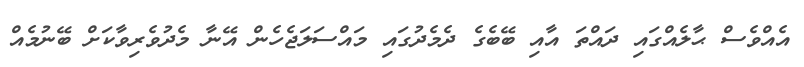
އެއްވެސް ޙާލެއްގައި ދައްތަ އާއި ބޭބެގެ ދެމެދުގައި މައްސަލަޖެހެން އޭނާ މެދުވެރިވާކަށް ބޭނުމެއް